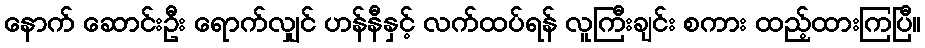
နောက် ဆောင်းဦး ရောက်လျှင် ဟန်နီနှင့် လက်ထပ်ရန် လူကြီးချင်း စကား ထည့်ထားကြပြီ။